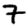
Digit: 7